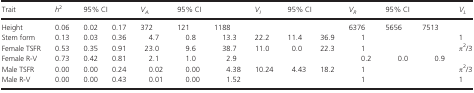
| Trait | h2 | <COLSPAN=2> 95% CI | VA | <COLSPAN=2> 95% CI | VI | <COLSPAN=2> 95% CI | VR | <COLSPAN=2> 95% CI | VL |
 | --- | --- | --- | --- | --- | --- | --- | --- | --- | --- | --- | --- | --- | --- |
 | Height | 0.06 | 0.02 | 0.17 | 372 | 121 | 1188 |  |  |  | 6376 | 5656 | 7513 |  |
 | Stem form | 0.13 | 0.03 | 0.36 | 4.7 | 0.8 | 13.3 | 22.2 | 11.4 | 36.9 | 1 |  |  | 1 |
 | Female TSFR | 0.53 | 0.35 | 0.91 | 23.0 | 9.6 | 38.7 | 11.0 | 0.0 | 22.3 | 1 |  |  | π2/3 |
 | Female R-V | 0.73 | 0.42 | 0.81 | 2.1 | 1.0 | 2.9 |  |  |  | 0.2 | 0.0 | 0.9 |  |
 | Male TSFR | 0.00 | 0.00 | 0.24 | 0.02 | 0.00 | 4.38 | 10.24 | 4.43 | 18.2 | 1 |  |  | π2/3 |
 | Male R-V | 0.00 | 0.00 | 0.43 | 0.01 | 0.00 | 1.52 |  |  |  | 1 |  |  | 1 |